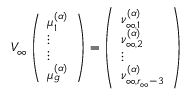
V _ { \infty } \left( \begin{array} { l } { \mu _ { 1 } ^ { ( \boldsymbol { \alpha } ) } } \\ { \vdots } \\ { \vdots } \\ { \mu _ { g } ^ { ( \boldsymbol { \alpha } ) } } \end{array} \right) = \left( \begin{array} { l } { \nu _ { \infty , 1 } ^ { ( \boldsymbol { \alpha } ) } } \\ { \nu _ { \infty , 2 } ^ { ( \boldsymbol { \alpha } ) } } \\ { \vdots } \\ { \nu _ { \infty , r _ { \infty } - 3 } ^ { ( \boldsymbol { \alpha } ) } } \end{array} \right)